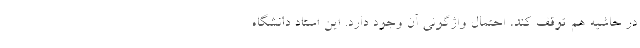
در حاشیه هم توقف کند، احتمال واژگونی آن وجود دارد. این استاد دانشگاه